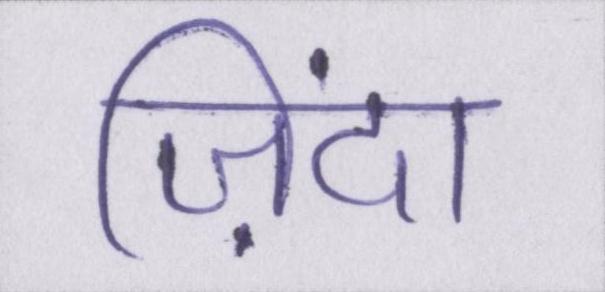
ज़िंदा